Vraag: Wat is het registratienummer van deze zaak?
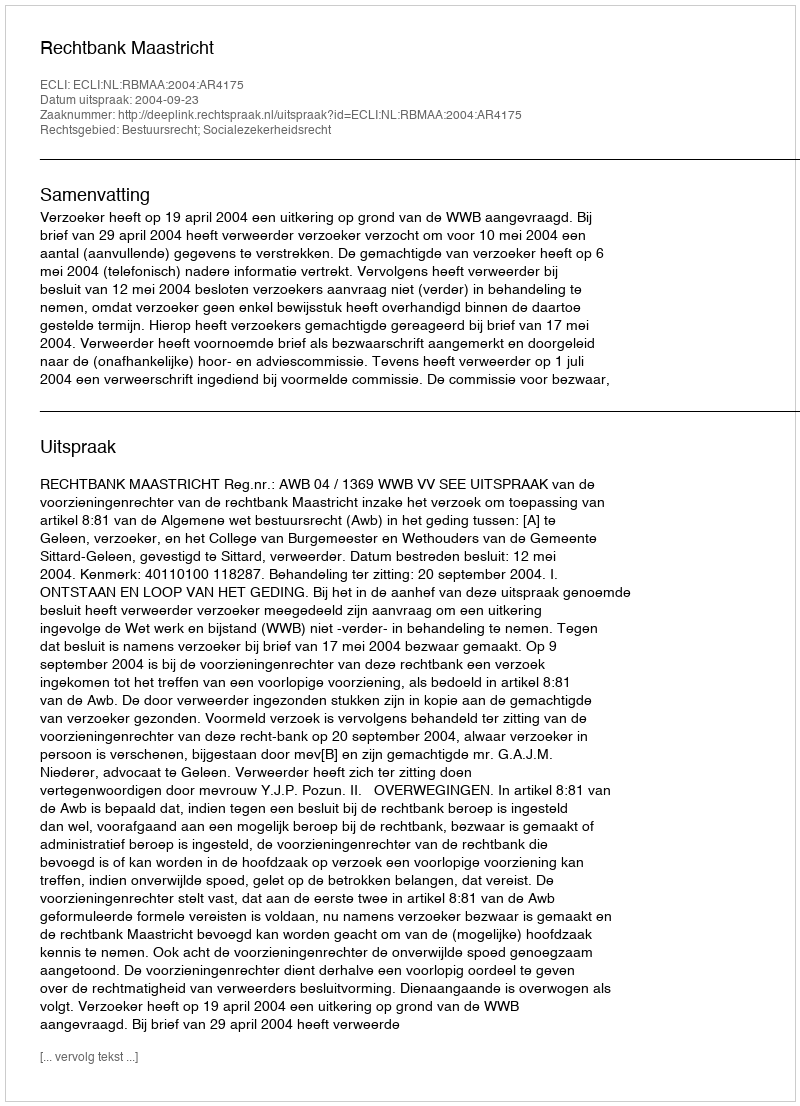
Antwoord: http://deeplink.rechtspraak.nl/uitspraak?id=ECLI:NL:RBMAA:2004:AR4175